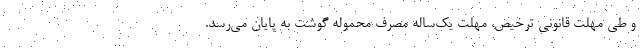
و طی مهلت قانونی ترخیص، مهلت یک‌ساله مصرف محموله گوشت به پایان می‌رسد.